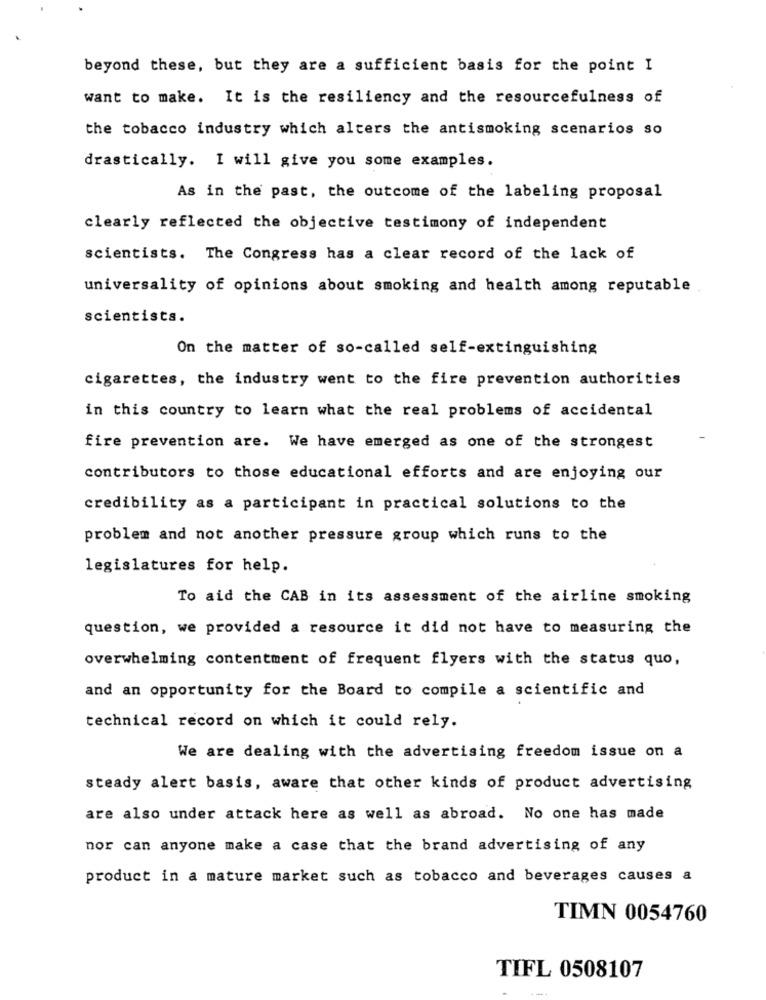
beyond these, but they are a sufficient basis for the point I
want to make. It is the resiliency and the resourcefulness of
the tobacco industry which alters the antismoking scenarios so
drastically. I will give you some examples.
As in the past, the outcome of the labeling proposal
clearly reflected the objective testimony of independent
scientists. The Congress has a clear record of the lack of
universality of opinions about smoking and health among reputable
scientists.
On the matter of so-called self-extinguishing
cigarettes, the industry went to the fire prevention authorities
in this country to learn what the real problems of accidental
fire prevention are. We have emerged as one of the strongest
contributors to those educational efforts and are enjoying our
credibility as a participant in practical solutions to the
problem and not another pressure group which runs to the
legislatures for help.
To aid the CAB in its assessment of the airline smoking
question, we provided a resource it did not have to measuring the
overwhelming contentment of frequent flyers with the status quo,
and an opportunity for the Board to compile a scientific and
technical record on which it could rely.
We are dealing with the advertising freedom issue on a
steady alert basis, aware that other kinds of product advertising
are also under attack here as well as abroad. No one has made
nor can anyone make a case that the brand advertising of any
product in a mature market such as tobacco and beverages causes a
TIMN 0054760
TIFL 0508107